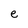
Character: e